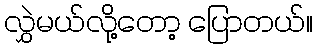
လွှဲမယ်လို့တော့ ပြောတယ်။